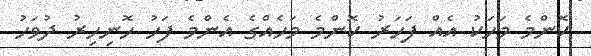
ކޮންމެ މަހަކު އެއް ފަހަރު ކޮންމެ މަހެއްގެ އެންމެ ފަހު ހޮނިހިރު ދުވަހު